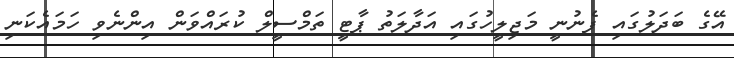
އޭގެ ބަދަލުގައި ފެނުނީ މަޖިލީހުގައި އަދާލަތު ޕާޓީ ތަމްސީލް ކުރައްވަން އިންނެވި ހަމައެކަނި